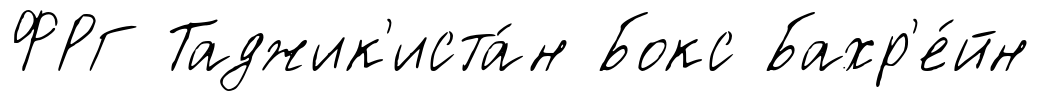
ФРГ Таджик'иста́н Бокс Бахр'е́йн